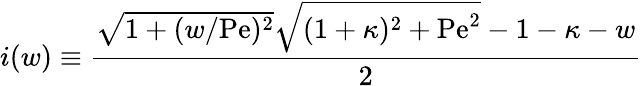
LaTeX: i(w)\equiv\frac{\sqrt{1+(w/\mathrm{Pe})^{2}}\sqrt{(1+\kappa)^{2}+\mathrm{Pe}^{2}}-1-\kappa-w}{2}